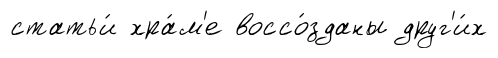
статьи́ хра́м'е воссо́зданы друг'и́х